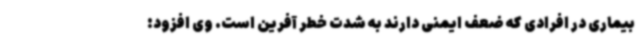
بیماری در افرادی که ضعف ایمنی دارند به شدت خطر آفرین است. وی افزود: